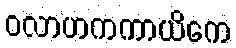
ဝလာဟကကာယိကေ